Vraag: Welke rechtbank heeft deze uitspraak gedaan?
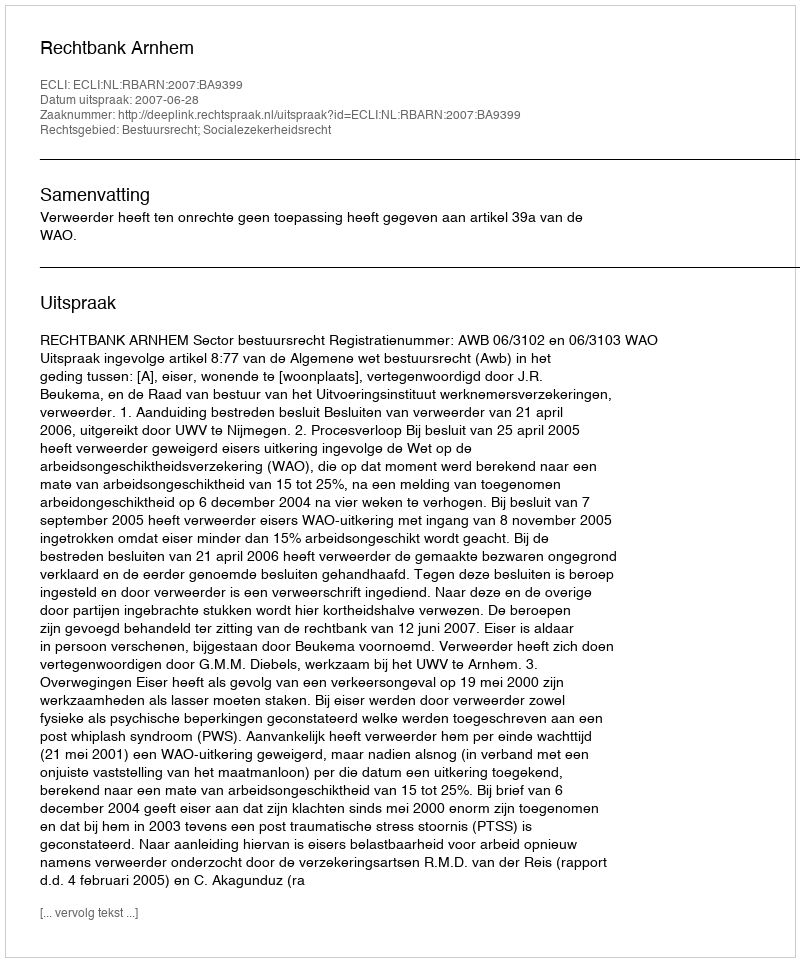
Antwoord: Rechtbank Arnhem